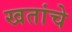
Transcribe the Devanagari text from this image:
खतांचे